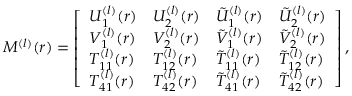
\begin{array} { r } { M ^ { ( l ) } ( r ) = \left[ \begin{array} { l l l l } { U _ { 1 } ^ { ( l ) } ( r ) } & { U _ { 2 } ^ { ( l ) } ( r ) } & { \tilde { U } _ { 1 } ^ { ( l ) } ( r ) } & { \tilde { U } _ { 2 } ^ { ( l ) } ( r ) } \\ { V _ { 1 } ^ { ( l ) } ( r ) } & { V _ { 2 } ^ { ( l ) } ( r ) } & { \tilde { V } _ { 1 } ^ { ( l ) } ( r ) } & { \tilde { V } _ { 2 } ^ { ( l ) } ( r ) } \\ { T _ { 1 1 } ^ { ( l ) } ( r ) } & { T _ { 1 2 } ^ { ( l ) } ( r ) } & { \tilde { T } _ { 1 1 } ^ { ( l ) } ( r ) } & { \tilde { T } _ { 1 2 } ^ { ( l ) } ( r ) } \\ { T _ { 4 1 } ^ { ( l ) } ( r ) } & { T _ { 4 2 } ^ { ( l ) } ( r ) } & { \tilde { T } _ { 4 1 } ^ { ( l ) } ( r ) } & { \tilde { T } _ { 4 2 } ^ { ( l ) } ( r ) } \end{array} \right] , } \end{array}